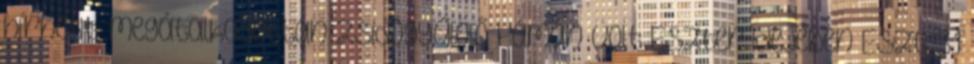
hírhedt, megátalkodottan zsidógyűlölő Hámán volt Eszter idejében Eszt. 3:1